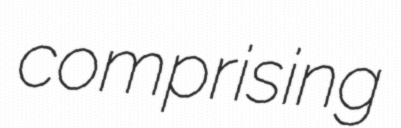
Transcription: comprising